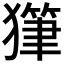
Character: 𤢇